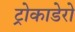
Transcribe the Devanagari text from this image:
ट्रोकाडेरो